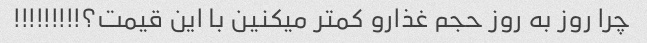
چرا روز به روز حجم غذارو کمتر میکنین با این قیمت؟!!!!!!!!!